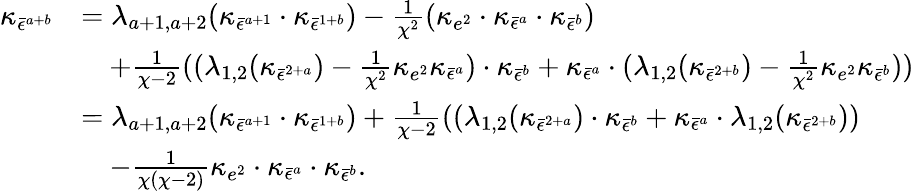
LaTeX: \begin{array}{rl}{\kappa_{\bar{\epsilon}^{a+b}}}&{=\lambda_{a+1,a+2}(\kappa_{\bar{\epsilon}^{a+1}}\cdot\kappa_{\bar{\epsilon}^{1+b}})-\frac{1}{\chi^{2}}(\kappa_{e^{2}}\cdot\kappa_{\bar{\epsilon}^{a}}\cdot\kappa_{\bar{\epsilon}^{b}})}\\ &{\quad+\frac{1}{\chi-2}((\lambda_{1,2}(\kappa_{\bar{\epsilon}^{2+a}})-\frac{1}{\chi^{2}}\kappa_{e^{2}}\kappa_{\bar{\epsilon}^{a}})\cdot\kappa_{\bar{\epsilon}^{b}}+\kappa_{\bar{\epsilon}^{a}}\cdot(\lambda_{1,2}(\kappa_{\bar{\epsilon}^{2+b}})-\frac{1}{\chi^{2}}\kappa_{e^{2}}\kappa_{\bar{\epsilon}^{b}}))}\\ &{=\lambda_{a+1,a+2}(\kappa_{\bar{\epsilon}^{a+1}}\cdot\kappa_{\bar{\epsilon}^{1+b}})+\frac{1}{\chi-2}\left((\lambda_{1,2}(\kappa_{\bar{\epsilon}^{2+a}})\cdot\kappa_{\bar{\epsilon}^{b}}+\kappa_{\bar{\epsilon}^{a}}\cdot\lambda_{1,2}(\kappa_{\bar{\epsilon}^{2+b}})\right)}\\ &{\quad-\frac{1}{\chi(\chi-2)}\kappa_{e^{2}}\cdot\kappa_{\bar{\epsilon}^{a}}\cdot\kappa_{\bar{\epsilon}^{b}}.}\end{array}